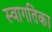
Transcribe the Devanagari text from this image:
स्वागतिका